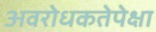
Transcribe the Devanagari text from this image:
अवरोधकतेपेक्षा